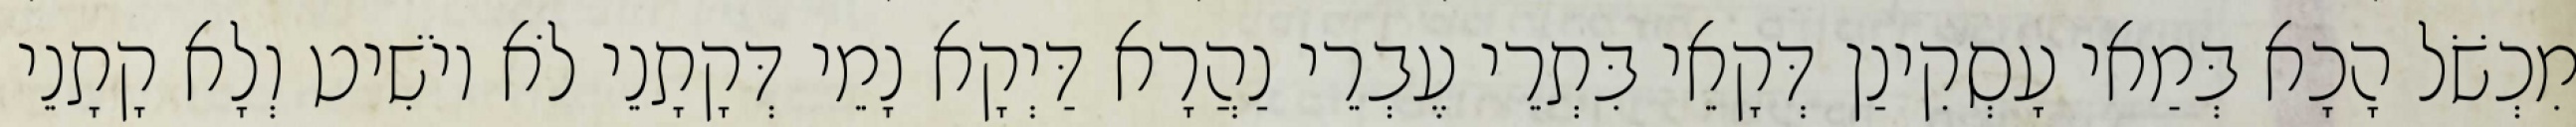
מִכְשֹׁל הָכָא בְּמַאי עָסְקִינַן דְּקָאֵי בִּתְרֵי עֶבְרֵי נַהֲרָא דַּיְקָא נָמֵי דְּקָתָנֵי לֹא יוֹשִׁיט וְלָא קָתָנֵי